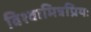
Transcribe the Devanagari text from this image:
विश्वामित्रप्रियः